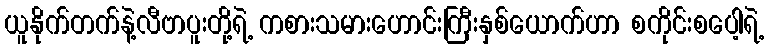
ယူနိုက်တက်နဲ့လီဗာပူးတို့ရဲ့ ကစားသမားဟောင်းကြီးနှစ်ယောက်ဟာ စကိုင်းစပေါ့ရဲ့